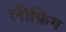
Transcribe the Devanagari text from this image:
लीफ़िंग